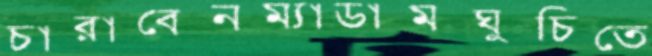
চারাবেনম্যাডামঘুচিতে